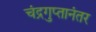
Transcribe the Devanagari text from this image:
चंद्रगुप्तानंतर